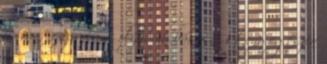
is van, azaz valami olyasmi, bár a nőstény egészen